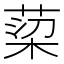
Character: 𮏿